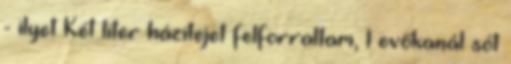
- ilyet Két liter házitejet felforraltam, 1 evőkanál sót